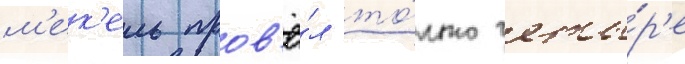
м'ек'ель пров'ё́л то́лько четы́р'е